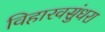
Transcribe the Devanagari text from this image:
विहारवसुंधरा